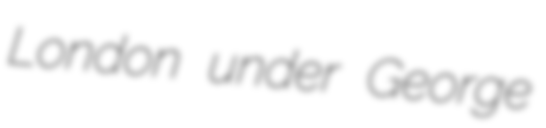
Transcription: London under George